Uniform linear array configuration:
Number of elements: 4
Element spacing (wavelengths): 0.5
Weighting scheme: uniform
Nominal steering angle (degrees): -60
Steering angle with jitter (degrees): -58.201
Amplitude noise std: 0.05
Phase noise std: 0.05

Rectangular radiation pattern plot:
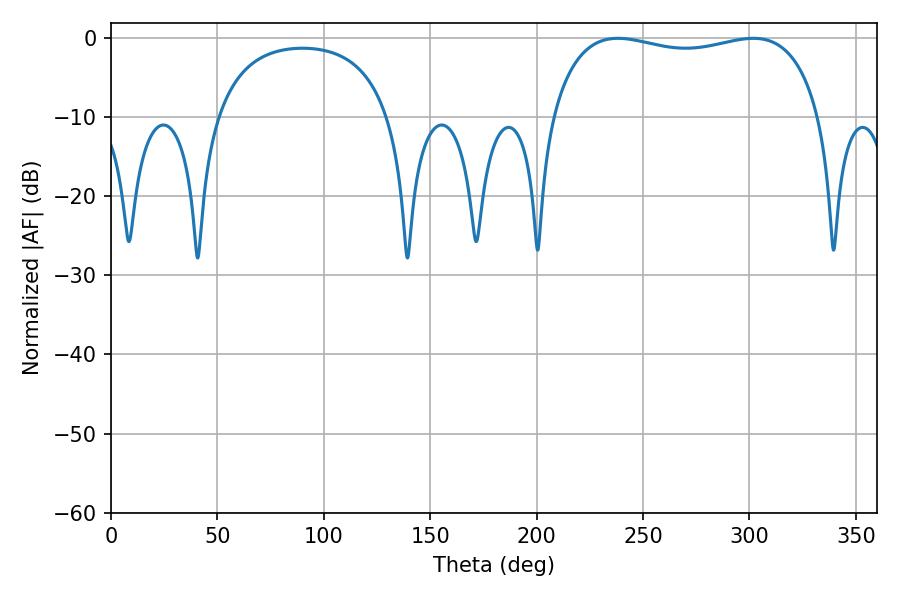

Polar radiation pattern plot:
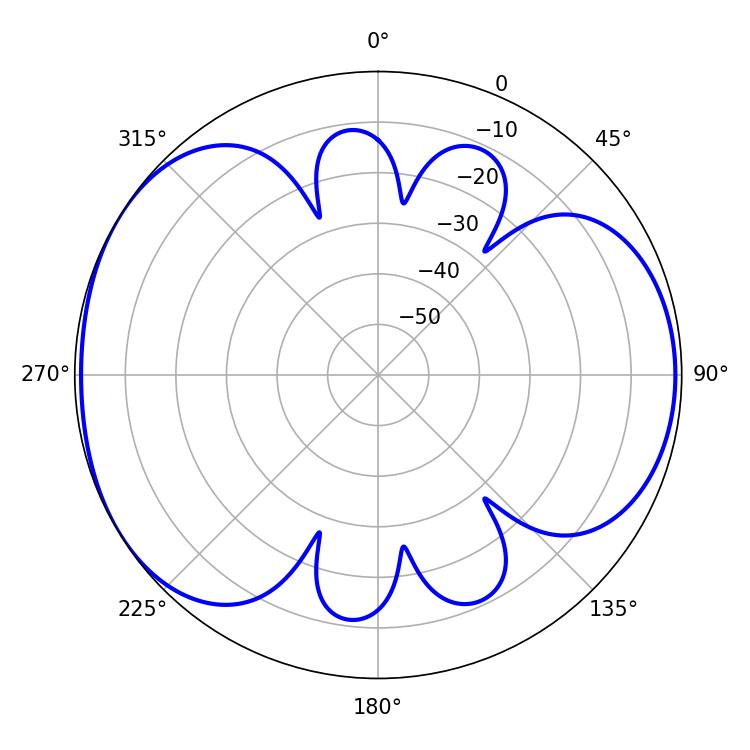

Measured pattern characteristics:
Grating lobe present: FALSE
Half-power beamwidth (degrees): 102.96
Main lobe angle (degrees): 238.14